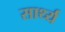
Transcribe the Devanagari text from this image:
सार्थ्य